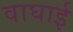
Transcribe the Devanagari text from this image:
वाघाई